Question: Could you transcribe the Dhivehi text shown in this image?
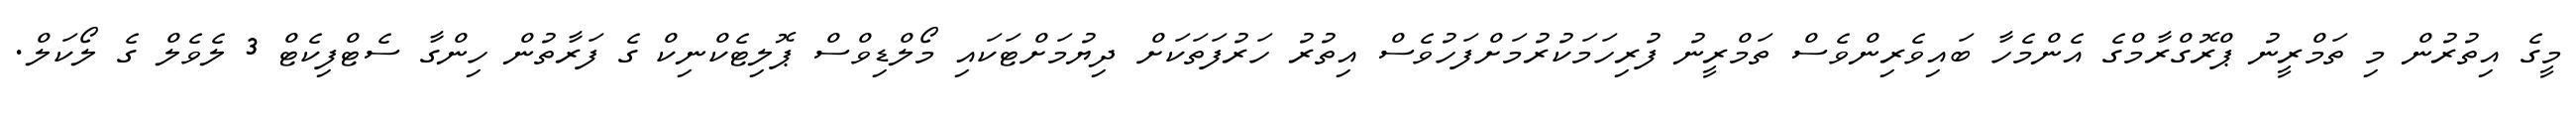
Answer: މީގެ އިތުރުން މި ތަމްރީނު ޕްރޮގްރާމްގެ އެންމެހާ ބައިވެރިންވެސް ތަމްރީނު ފުރިހަމަކުރުމަށްފަހުވެސް އިތުރު ހަރުފަތަކަށް ދިޔުމަށްޓަކައި މޯލްޑިވްސް ޕޮލިޓެކްނިކް ގެ ފަރާތުން ހިންގާ ސެޓްފިކެޓް 3 ލެވެލް ގެ ލޯކަލް.